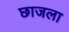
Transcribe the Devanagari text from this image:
छाजला